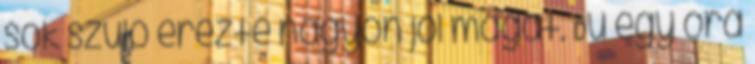
sok szülő érezte nagyon jól magát. Du egy óra